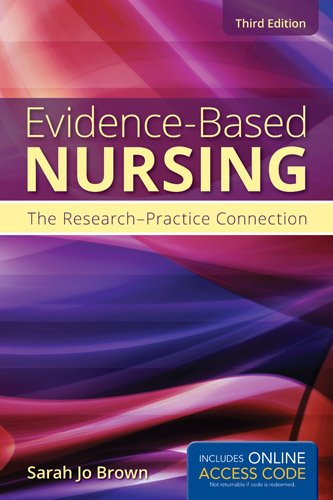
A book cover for Evidence-Based Nursing: The Research-Practice Connection; Sarah Jo Brown; Medical Books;